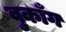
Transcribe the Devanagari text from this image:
वुकाँग